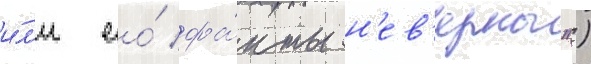
и́л'и ео́ фа́кты н'ев'ерны")